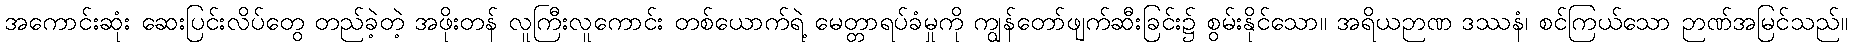
အကောင်းဆုံး ဆေးပြင်းလိပ်တွေ တည်ခဲ့တဲ့ အဖိုးတန် လူကြီးလူကောင်း တစ်ယောက်ရဲ့ မေတ္တာရပ်ခံမှုကို ကျွန်တော်ဖျက်ဆီးခြင်း၌ စွမ်းနိုင်သော။ အရိယဉာဏ ဒဿနံ၊ စင်ကြယ်သော ဉာဏ်အမြင်သည်။